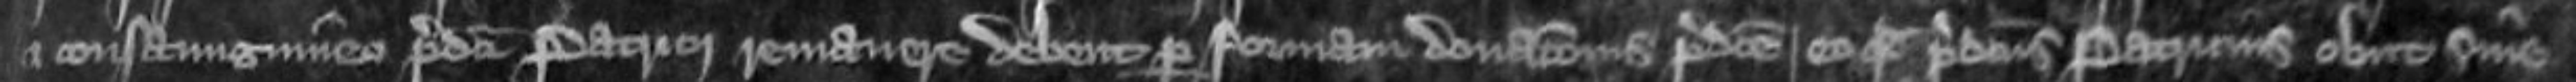
et consanguineo predicti Patricii remanere debent per formam donationis predicte eo quod predictus Patricius obiit sine